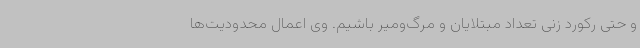
و حتی رکورد زنی تعداد مبتلایان و مرگ‌ومیر باشیم. وی اعمال محدودیت‌ها